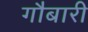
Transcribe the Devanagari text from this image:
गौबारी